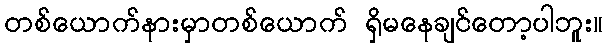
တစ်ယောက်နားမှာတစ်ယောက် ရှိမနေချင်တော့ပါဘူး။